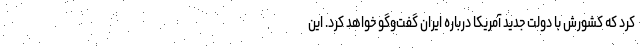
کرد که کشورش با دولت جدید آمریکا درباره ایران گفت‌وگو خواهد کرد. این